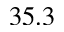
3 5 . 3